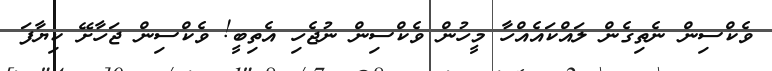
ވެކްސިން ނެތިގެން ލައްކައެއްހާ މީހުން ވެކްސިން ނުޖެހި އެތިބީ! ވެކްސިން ޖަހާށޭ ކިޔާފަ